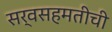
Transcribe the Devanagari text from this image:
सर्वसहमतीची